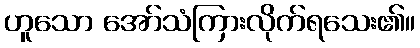
ဟူသော အော်သံကြားလိုက်ရသေး၏။